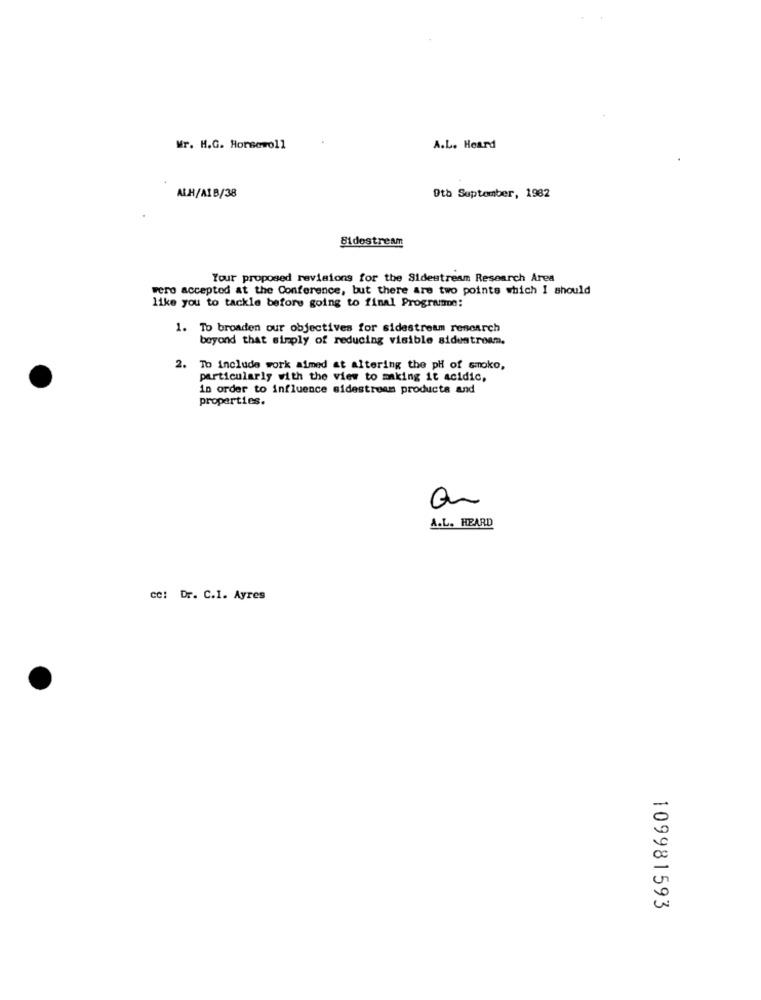
Mr. H.G. Horsewoll
A.L. Heard
ALH/AIB/38
Oto Suptomber, 1982
Bidostrein
Your proposed revisions for the Sidestream Research Area
were accepted at the Conference, but there are two points which I should
like you to tackle before going to final Programme:
1. To broaden our objectives for sidestream research
beyond that simply of reducing visible sidestream.
2. To include work aimed at altering the pH of smoke,
particularly with the view to making it acidic,
in order to influence sidestream products and
properties.
A.L. HEARD
cc: Dr. C.I. Ayres
109981593